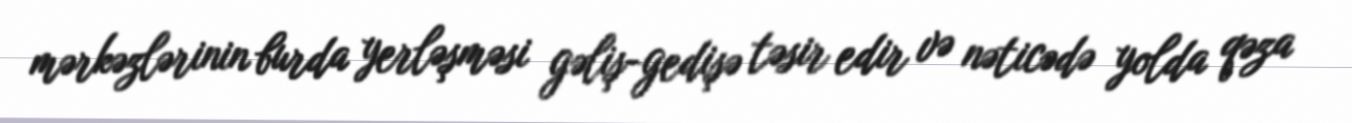
mərkəzlərinin burda yerləşməsi gəliş-gedişə təsir edir və nəticədə yolda qəza